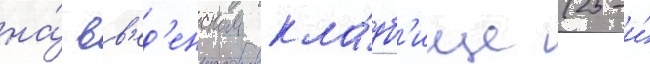
на́ вв'ед'енском кла́дб'ище (25-и́